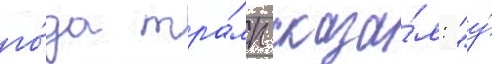
го́да тра́мп сказа́л: "у́